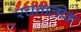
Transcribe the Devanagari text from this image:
रचनालोक